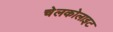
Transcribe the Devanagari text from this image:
चेलकोलाइट